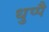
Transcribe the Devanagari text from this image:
धुप्पै